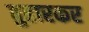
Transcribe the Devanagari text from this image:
बुहारकर